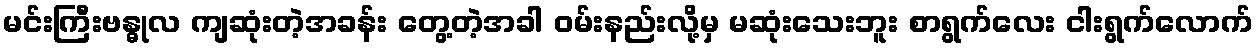
မင်းကြီးဗန္ဓုလ ကျဆုံးတဲ့အခန်း တွေ့တဲ့အခါ ဝမ်းနည်းလို့မှ မဆုံးသေးဘူး စာရွက်လေး ငါးရွက်လောက်